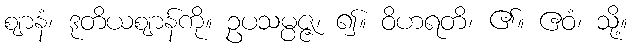
ဈာနံ၊ ဒုတိယဈာန်ကို။ ဥပသမ္ပဇ္ဇ၊ ၍။ ဝိဟရတိ၊ ၏။ ဧဝံ၊ သို့။